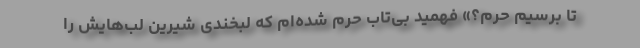
تا برسیم حرم؟» فهمید بی‌تاب حرم شده‌ام که لبخندی شیرین لب‌هایش را